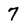
Character: 7